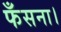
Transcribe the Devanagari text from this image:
फँसना।